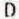
D